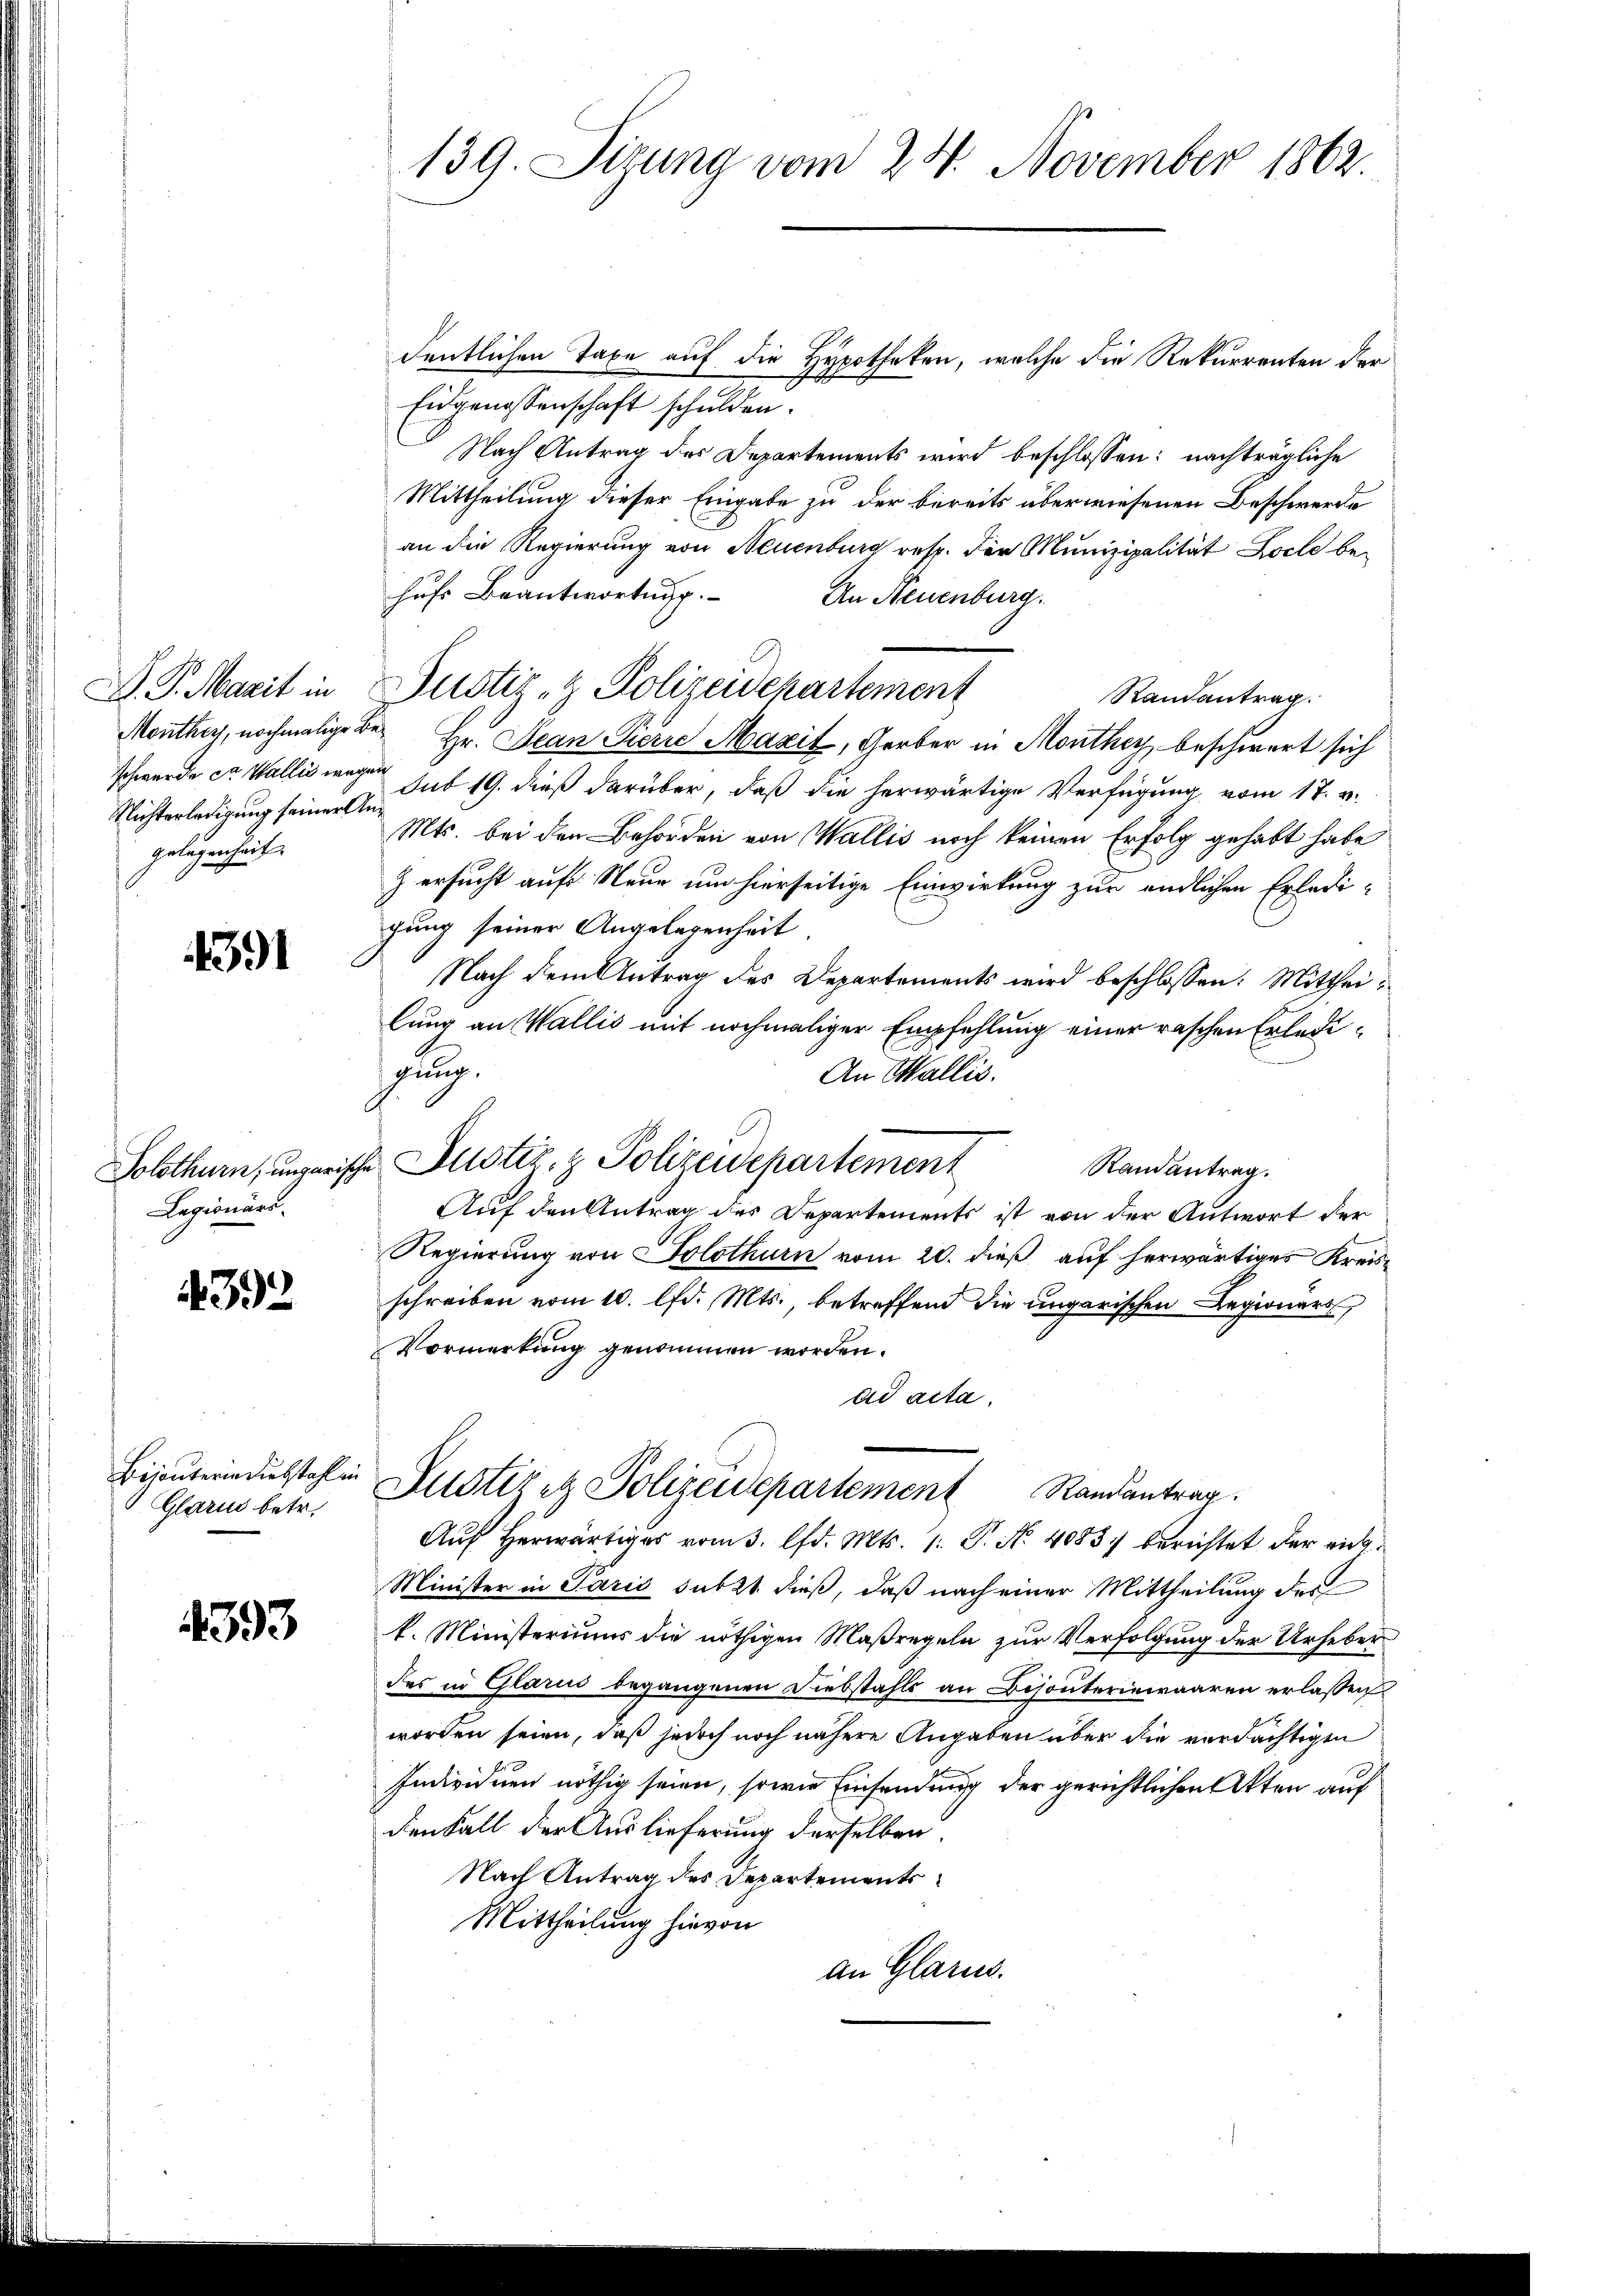
Nichterledigung seiner Angelegenheit.

4391

Solothurn, ungaris
Legionärs.

392

Bijouterin diebstahl in
Glarus betr.

4393

139. Sizung vom 24. November 1862.

dentlichen Taxe auf die Hypotheken, welche die Rekurrenten der
Eidgenossenschaft schulden.
Nach Antrag des Departements wird beschlossen: nachträgliche
Mittheilung dieser Eingabe zu der bereits überwiesenen Beschwerde
an die Regierung von Neuenburg resp. der Munizipalität Locte behufs Beantwortung.
An Neuenburg.
Randantrag.
Monther, nochmalige der Hr. Jean Pierre Maxit, Gerber in Monthey beschwert sich
schwerde ca Wallis wegen sub 19. dieß darüber, daß die herwärtige Verfügung vom 17. v.
Mts. bei den Behörden von Wallis noch keinen Erfolg gehabt habe
z ersucht aufs Neue um hierseitige Einwirkung zur endlichen Erledigung seiner Angelegenheit
Nach dem Antrag des Departements wird beschlossen: Mittheilung an Wallis mit nochmaliger Empfehlung einer raschen Erledihung.
An Wallis.
ie Justiz- & Polizeidepartement
Randantrag.
Auf den Antrag des Departements ist von der Antwort der
Regierung von Solothurn vom 20. dieß auf herwärtiges Kreisschreiben vom 10. lfd. Mts., betreffend die ungarischen Legionars
Vormerkung genommen worden.
ad acta.
Justiret Polizeidepartement Randantrag
Aŭf herwärtiges vom 3. lfd. Mts. 1. P. Nr. 4083) berichtet der ein¬
Minister in Paris subst dieß, daß nach einer Mittheilung des
k. Ministeriums die nöthigen Maßregeln zur Verfolgung der Urheber
des in Glarus begangenen Diebstahls an Bijouteriewaaren erlassen
worden seien, daß jedoch noch nähere Angaben über die verdächtigen
Individuen nöthig seien, sowie Einsendung der gerichtlichen Akten auf
den Fall der Auslieferung derselben
Nach Antrag des Departements
Mittheilung hievon
an Glarus.

D. P. Marit in Justiz- & Polizeidepartement